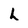
Character: h